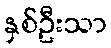
နှစ်ဦးသာ